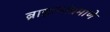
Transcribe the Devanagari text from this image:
ब्राह्मणांप्रमाणे